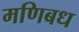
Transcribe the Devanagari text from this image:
मणिबध